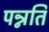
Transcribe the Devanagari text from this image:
पन्नति